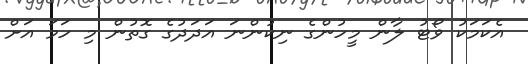
އެކަމަކު ވޯޓު ލާން މީހުންގެ ނިކުންނަ އަދަދުގެ ގޮތުން މި ހަމަ އަށް